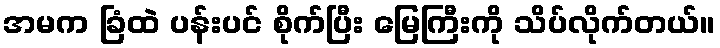
အမက ခြံထဲ ပန်းပင် စိုက်ပြီး မြေကြီးကို သိပ်လိုက်တယ်။